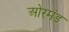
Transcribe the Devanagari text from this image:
ओरमंड